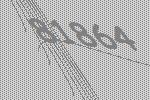
81864